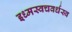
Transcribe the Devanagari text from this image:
इध्मस्वचवर्धस्व